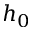
h _ { 0 }